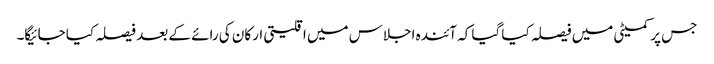
جس پر کمیٹی میں فیصلہ کیا گیا کہ آئندہ اجلاس میں اقلیتی ارکان کی رائے کے بعد فیصلہ کیا جائیگا۔